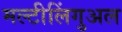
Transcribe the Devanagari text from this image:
मल्टीलिंगुअल